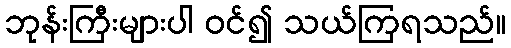
ဘုန်းကြီးများပါ ဝင်၍ သယ်ကြရသည်။